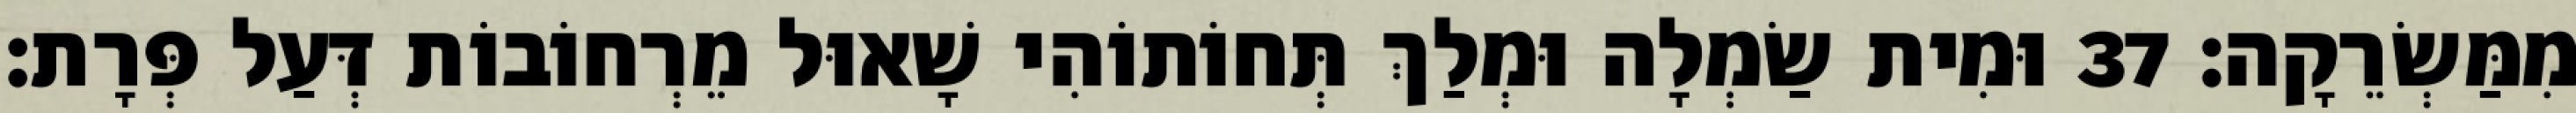
מִמַּשְׂרֵקָה׃ 37 וּמִית שַׂמְלָה וּמְלַךְ תְּחוֹתוֹהִי שָׁאוּל מֵרְחוֹבוֹת דְּעַל פְּרָת׃